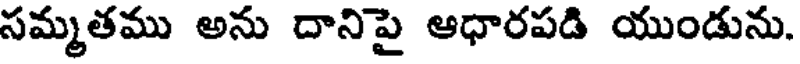
సమ్మతము అను దానిపై ఆధారపడి యుండును.